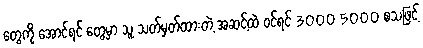
တွေကို အောင်ရင် တွေမှာ သူ သတ်မှတ်ထားတဲ့ အဆင့်ထဲ ဝင်ရင် 3000 5000 စသဖြင့်